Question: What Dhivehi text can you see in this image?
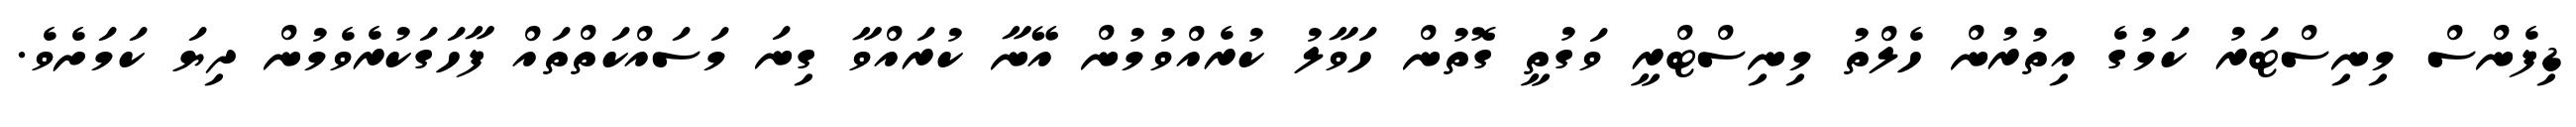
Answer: ޑިފެންސް މިނިސްޓަރު ކަމުގެ އިތުރުން ހެލްތު މިނިސްޓްރީ ވަގުތީ ގޮތުން ހަވާލު ކުރެއްވުމުން އޭނާ ކުރައްވާ ގިނަ މަސައްކަތްތައް ފާހަގަކުރެވެމުން ދިޔަ ކަމަށެވެ.